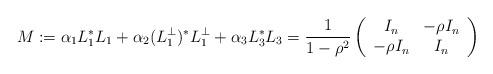
LaTeX: \begin{align*}M := \alpha_1 L_1^*L_1 + \alpha_2 (L_1^\perp)^*L_1^\perp + \alpha_3 L_3^*L_3 = \frac{1}{1-\rho^2} \left( \begin{array}{ccccc} I_n & - \rho I_n \\ - \rho I_n& I_n \end{array} \right)\end{align*}